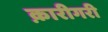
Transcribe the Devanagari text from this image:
क़ारीगरी